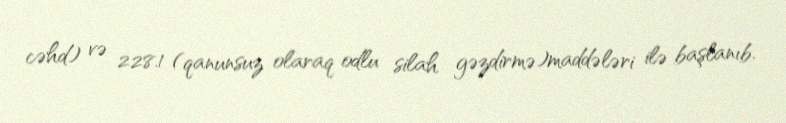
cəhd) və 228.1 (qanunsuz olaraq odlu silah gəzdirmə)maddələri ilə başlanıb.